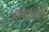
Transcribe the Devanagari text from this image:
डॉक्टळरी